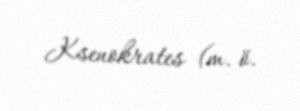
Ksenokrates (m. ö.